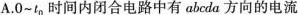
A. 0~t_{0}时间内闭合电路中有abcda方向的电流